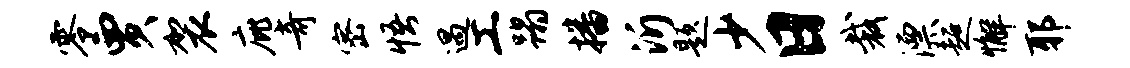
零贾袈庇奇密悟遇工蹋播沂题少日裁漂超懈耶